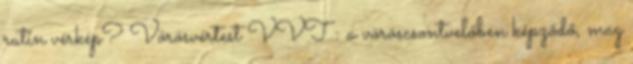
rutin vérkép? Vörösvértest VVT : a vöröscsontvelőben képződő, mag